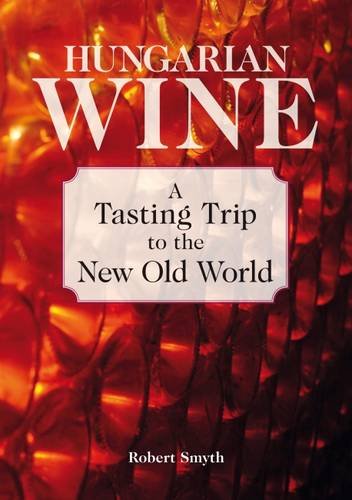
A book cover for Hungarian Wine: A Tasting Trip to the New Old World; Robert Smyth; Travel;